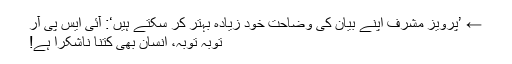
← ’پرویز مشرف اپنے بیان کی وضاحت خود زیادہ بہتر کر سکتے ہیں‘: آئی ایس پی آر
توبہ توبہ، انسان بھی کتنا ناشکرا ہے!